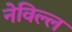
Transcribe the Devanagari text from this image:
नेविल्ल